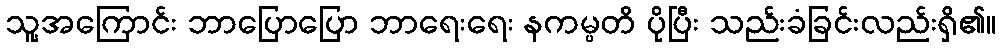
သူ့အကြောင်း ဘာပြောပြော ဘာရေးရေး နကမ္ပတိ ပိုပြီး သည်းခံခြင်းလည်းရှိ၏။